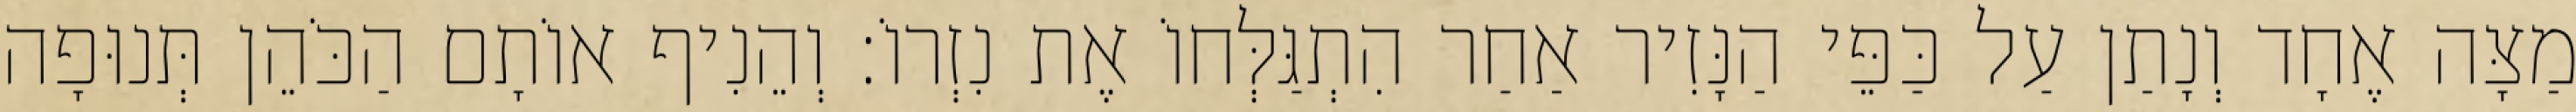
מַצָּה אֶחָד וְנָתַן עַל כַּפֵּי הַנָּזִיר אַחַר הִתְגַּלְּחוֹ אֶת נִזְרוֹ׃ וְהֵנִיף אוֹתָם הַכֹּהֵן תְּנוּפָה